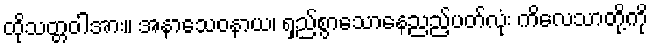
ထိုသတ္တဝါအား။ အနာသေဝနာယ၊ ရှည်စွာသောနေညည့်ပတ်လုံး ကိလေသာတို့ကို